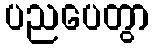
ပညပေတွာ